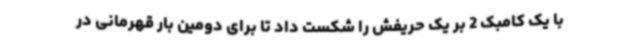
با یک کامبک 2 بر یک حریفش را شکست داد تا برای دومین بار قهرمانی در